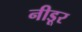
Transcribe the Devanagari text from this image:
नीडूर